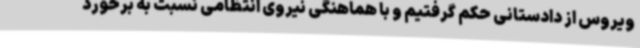
ویروس از دادستانی حکم گرفتیم و با هماهنگی نیروی انتظامی نسبت به برخورد